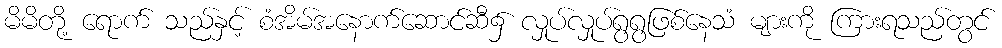
မိမိတို့ ရောက် သည်နှင့် စံအိမ်အနောက်ဆောင်ဆီ၌ လှုပ်လှုပ်ရွရွဖြစ်နေသံ များကို ကြားရသည်တွင်